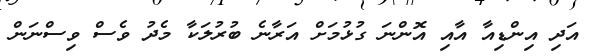
އަދި އިންޑިއާ އާއި އޮންނަ ގުޅުމަށް އަރާނެ ބުރުލަކާ މެދު ވެސް ވިސްނަން